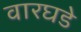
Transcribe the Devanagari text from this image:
वारघडे